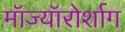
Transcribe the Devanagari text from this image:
मॉज्यॉरोर्शाग